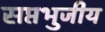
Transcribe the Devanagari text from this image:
सप्तभुजीय